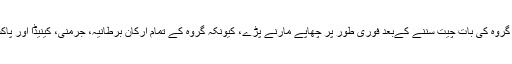
پولیس حکام کے مطابق، ٹیلیفون پر تمام گروہ کی بات چیت سننے کےبعد فوری طور پر چھاپے مارنے پڑے، کیونکہ گروہ کے تمام ارکان برطانیہ، جرمنی، کینیڈا اور پاکستان منتقل ہونے کی تیاریاں کر رہا تھا۔